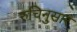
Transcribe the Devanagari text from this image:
रुचिनुसार